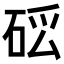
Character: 𥒗